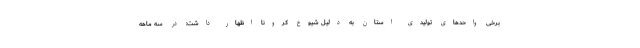
برخی واحدهای تولیدی استان به دلیل شیوع کرونا اظهار داشت: در سه ماهه